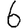
Digit: 6